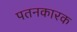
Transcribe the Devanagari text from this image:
पतनकारक